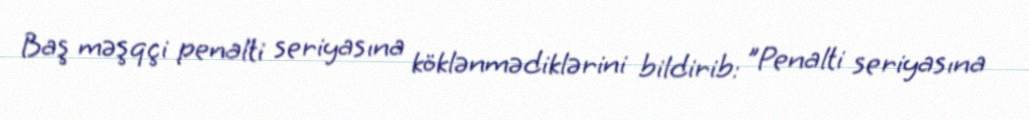
Baş məşqçi penalti seriyasına köklənmədiklərini bildirib: "Penalti seriyasına